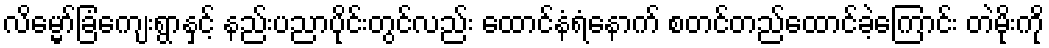
လိမ္မော်ခြံကျေးရွာနှင့် နည်းပညာပိုင်းတွင်လည်း ထောင်နံရံနောက် စတင်တည်ထောင်ခဲ့ကြောင်း တဲမိုးကို